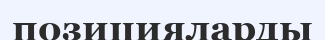
позицияларды